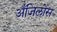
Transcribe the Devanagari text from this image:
अँजिलोस